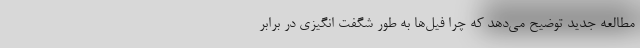
مطالعه جدید توضیح می‌دهد که چرا فیل‌ها به طور شگفت انگیزی در برابر